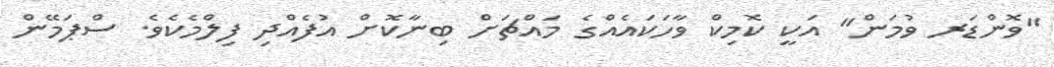
"ވޮންޑަރ ވުމަން" އަކީ ކޮމިކް ވާހަކައެއްގެ މައްޗަށް ބިނާކޮށް އުފެއްދި ފިލްމެކެވެ. ސްޕަމޭން